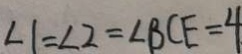
\angle 1 = \angle 2 = \angle B C E = 4